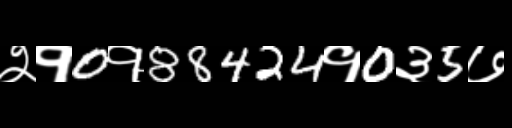
Text: २१0१88424१0३5७